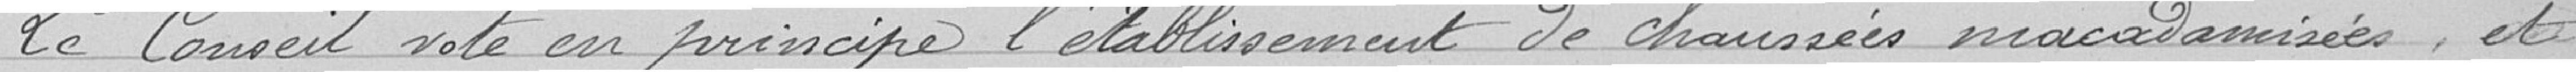
Le Conseil vote en principe l'établissement de chaussées macadamisées, et